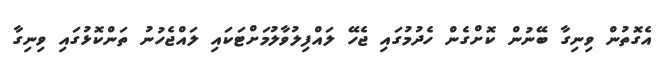
އެގޮތުން ވިނިގާ ބޭނުން ކޮށްގެން ހެދުމުގައި ޖެހޭ ލައްފިލުވާލުމަށްޓަކައި ލައްޖެހުނު ތަންކޮޅުގައި ވިނިގާ